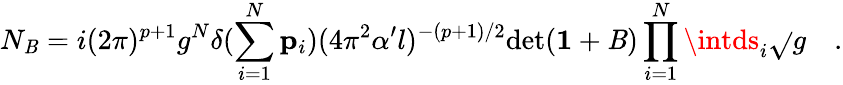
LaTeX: N_{\mathit{B}}=i(2\pi)^{p+1}g^{N}\delta(\sum_{i=1}^{N}{\mathbf{p}}_{i})(4\pi^{2}\alpha^{\prime}l)^{-(p+1)/2}\mathrm{{det}}({\mathbf{1}}+{\mathbf{\mathit{B}}})\prod_{i=1}^{N}\intds_{i}{\sqrt{}{{g}}}\quad.